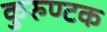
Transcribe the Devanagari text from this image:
कुरुण्टक